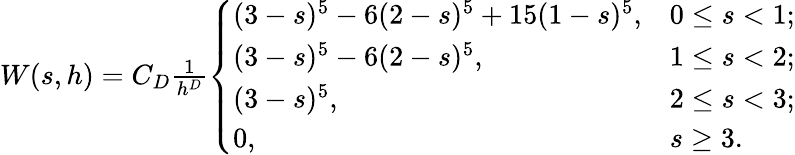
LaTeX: \begin{array}{r}{W(s,h)=C_{D}\frac{1}{h^{D}}\left\{ \begin{array}{ll}{(3-s)^{5}-6(2-s)^{5}+15(1-s)^{5},}&{0\leq s<1;}\\ {(3-s)^{5}-6(2-s)^{5},}&{1\leq s<2;}\\ {(3-s)^{5},}&{2\leq s<3;}\\ {0,}&{s\geq 3.}\end{array}\right.}\end{array}